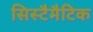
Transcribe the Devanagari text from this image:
सिस्टैमैटिक